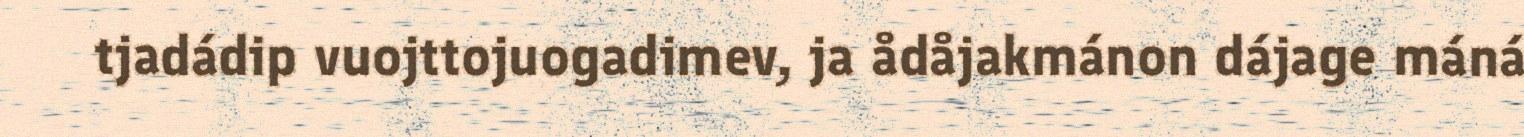
tjadádip vuojttojuogadimev, ja ådåjakmánon dájage máná